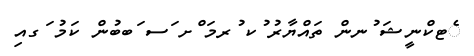
ެޓކްނީޝަ ުނން ތައްޔާރު ުކ ުރމަ ްށ ަސ ަބބުން ކަމު ަގއި